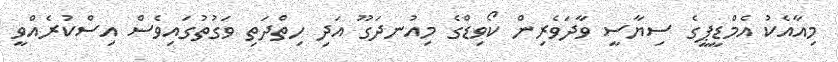
މިއާއެކު އެމްޑީޕީގެ ސިޔާސީ ވާދަވެރިން ކޯވިޑްގެ މިއުނދަގޫ އަދި ހިތްދަތި ވަގުތުގައިވެސް އިސްކުރެއްވީ